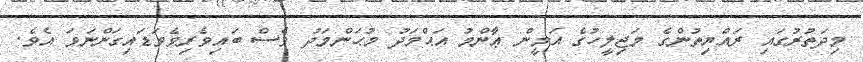
މިދަތުރުގައި ރައްޔިތުންގެ މަޖިލީހުގެ އަމީން ޢާންމު އަޙްމަދު މުޙަންމަދު ވެސް ބައިވެރިވެވަޑައިގަންނަވަ އެވެ.